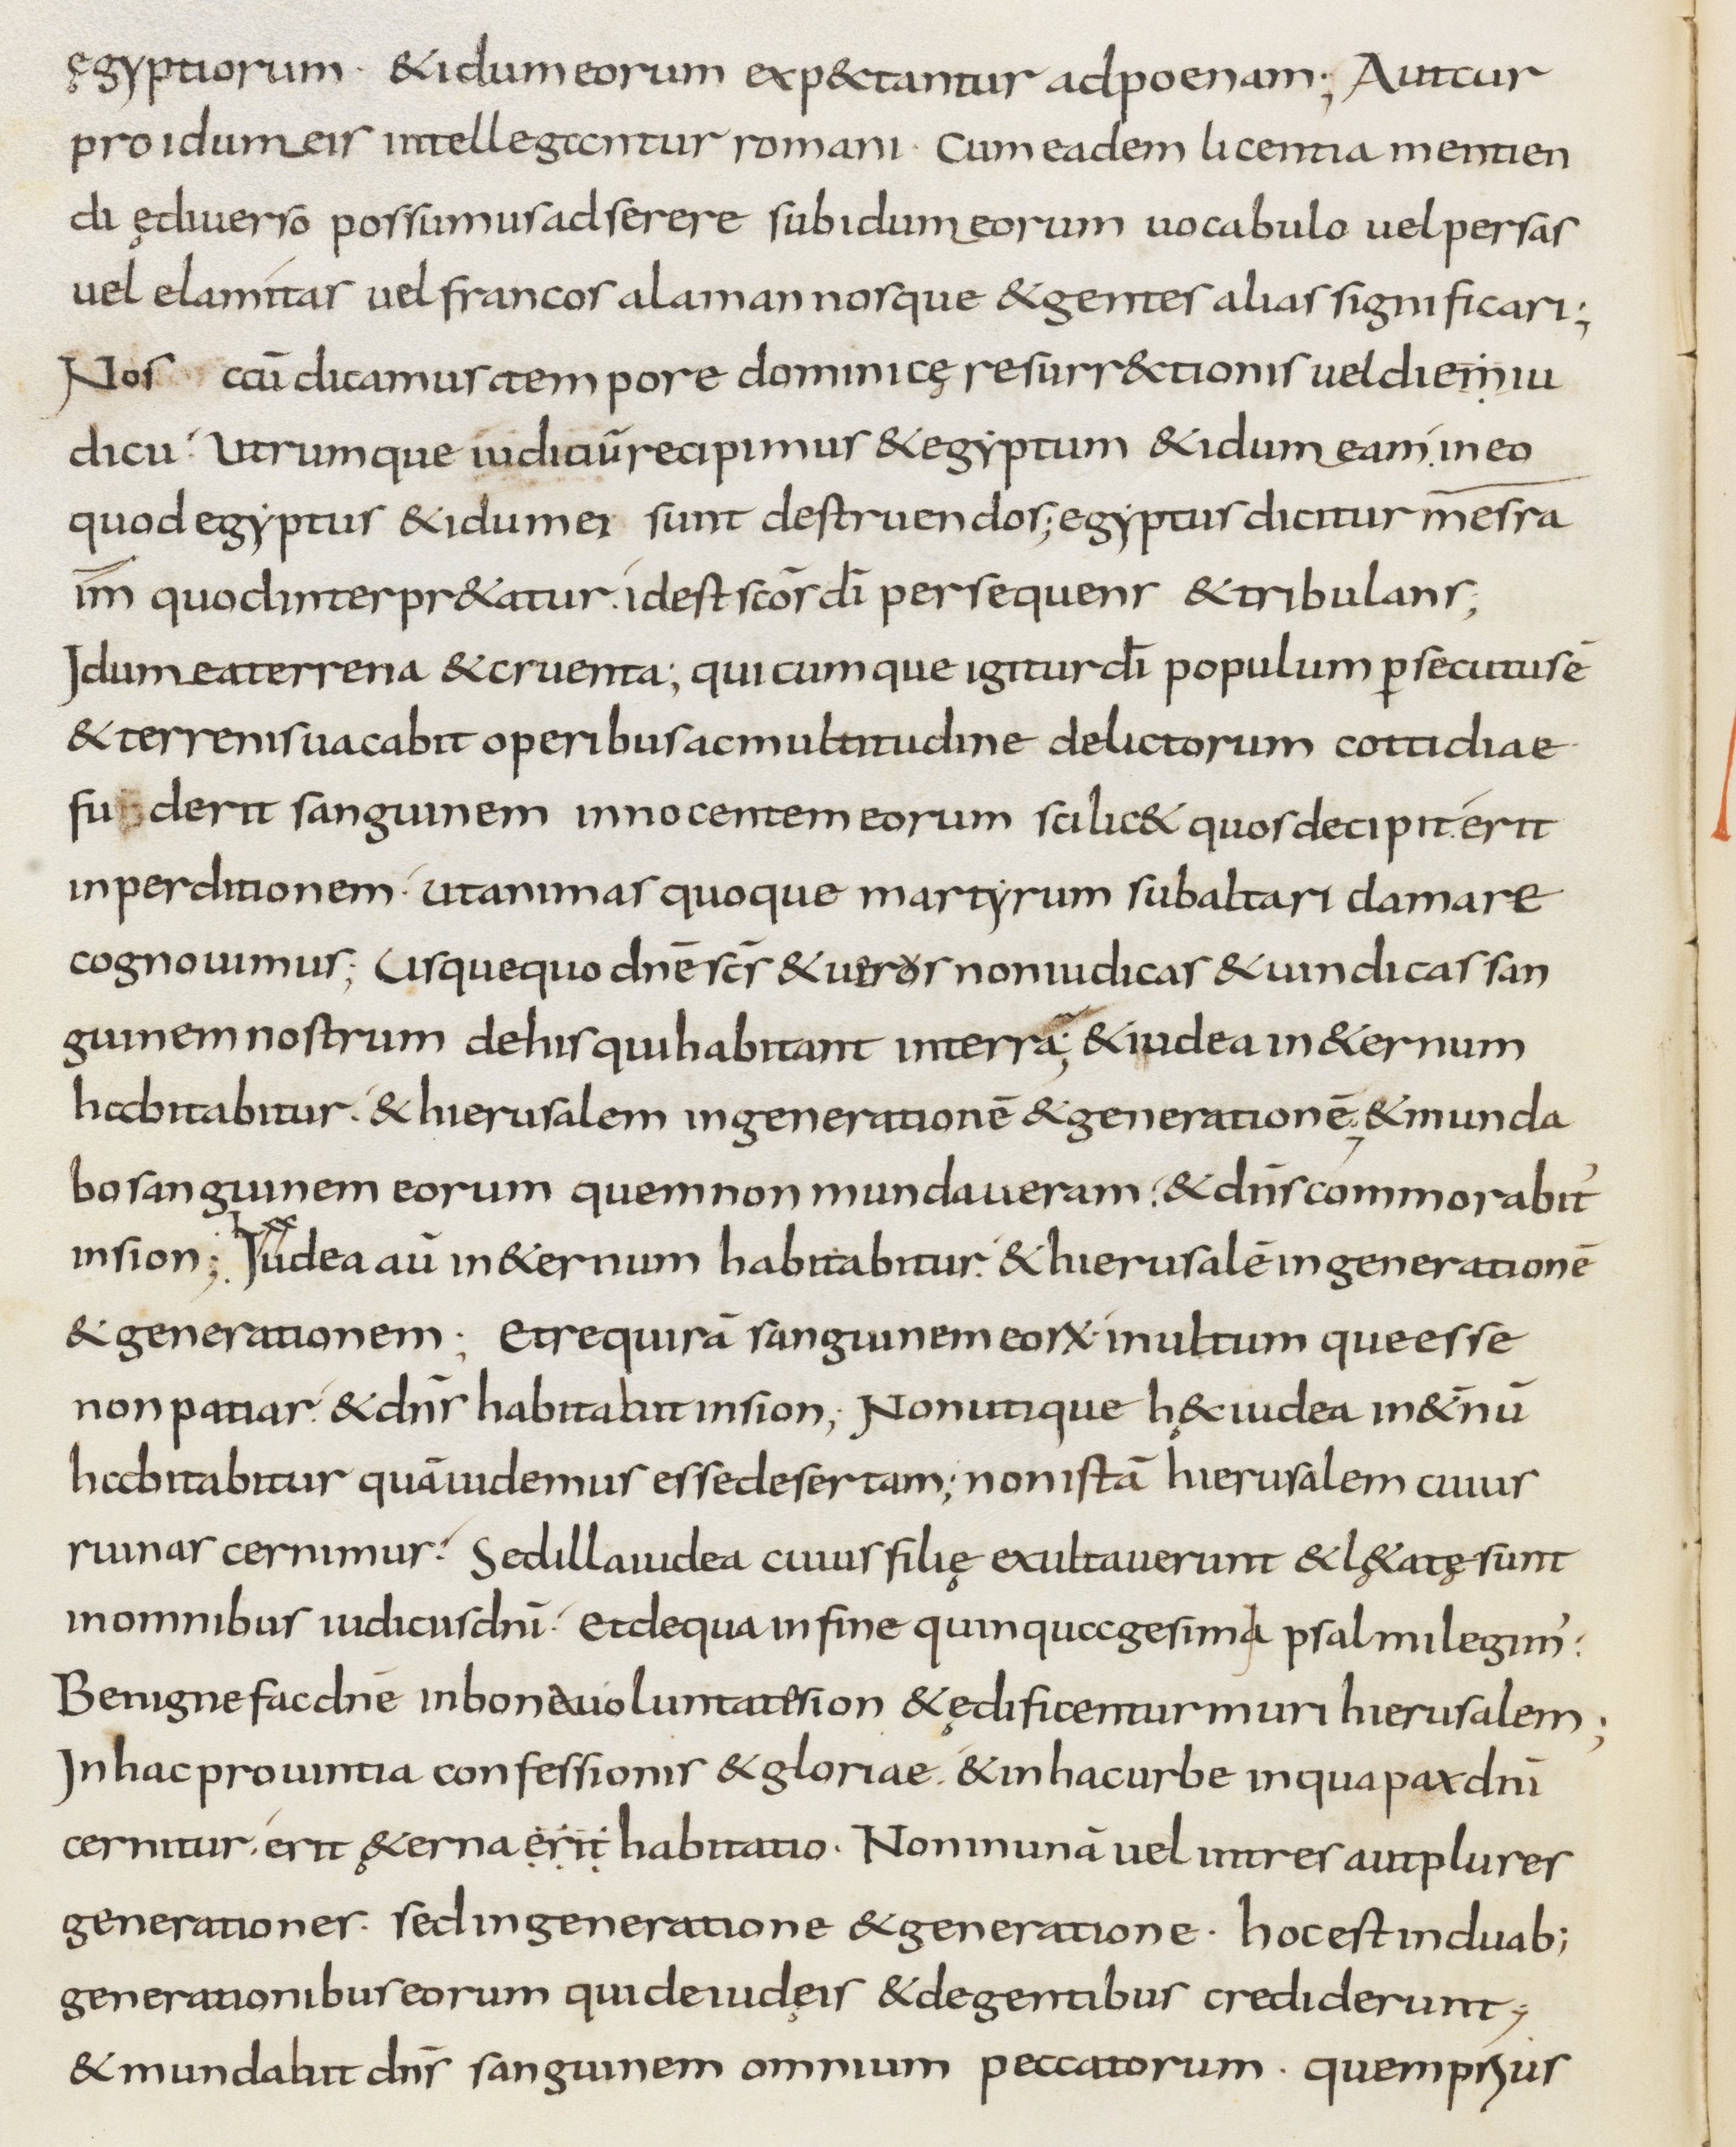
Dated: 800–899